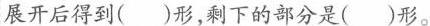
展开后得到()形，剩下的部分是()形。